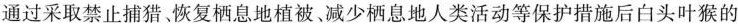
通过采取禁止捕猎恢复栖息地植被、减少栖息地人类活动等保护措施后白头叶猴的